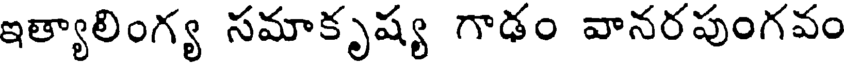
ఇత్యాలింగ్య సమాకృష్య గాఢం వానరపుంగవం